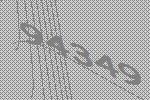
94349